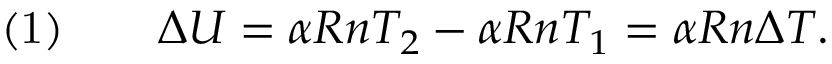
{ \mathrm { ( 1 ) } } \qquad \Delta U = \alpha R n T _ { 2 } - \alpha R n T _ { 1 } = \alpha R n \Delta T .